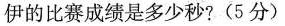
伊的比赛成绩是多少秒?(5分)